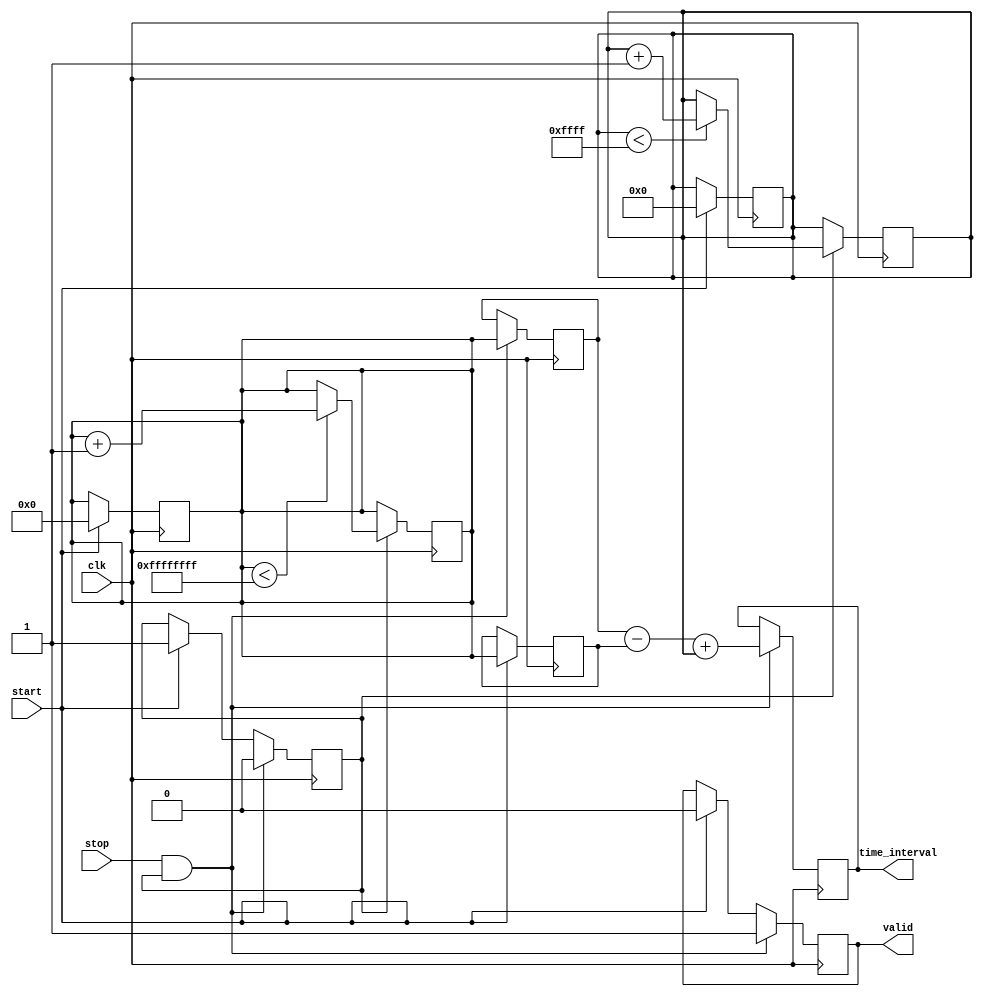
module TDC (
    input wire clk,          // High-frequency clock
    input wire start,        // Start signal
    input wire stop,         // Stop signal
    output reg [31:0] time_interval, // Output time interval
    output reg valid         // Output valid signal
);

    // Parameters
    parameter COARSE_MAX = 32'hFFFFFFFF; // Max value for coarse counter
    parameter FINE_MAX = 16'hFFFF;        // Max value for fine resolution counter

    // Internal signals
    reg [31:0] coarse_counter; // Coarse counter
    reg [15:0] fine_counter;    // Fine resolution counter
    reg measuring;              // Measuring state flag
    reg [31:0] start_time;      // Start time for measurement
    reg [31:0] stop_time;       // Stop time for measurement

    // Clock Generation (if needed, otherwise use external clock)
    // This section can be omitted if the clock is supplied externally

    // Coarse Counter
    always @(posedge clk) begin
        if (measuring) begin
            if (coarse_counter < COARSE_MAX) begin
                coarse_counter <= coarse_counter + 1;
            end
        end
    end

    // Fine Resolution Mechanism (simplified)
    always @(posedge clk) begin
        if (measuring) begin
            if (fine_counter < FINE_MAX) begin
                fine_counter <= fine_counter + 1;
            end
        end
    end

    // Control Logic
    always @(posedge clk) begin
        if (start) begin
            measuring <= 1'b1;
            coarse_counter <= 0;
            fine_counter <= 0;
            start_time <= coarse_counter; // Capture start time
            valid <= 1'b0;
        end
        if (stop && measuring) begin
            measuring <= 1'b0;
            stop_time <= coarse_counter; // Capture stop time
            // Calculate time interval
            time_interval <= stop_time - start_time + fine_counter; // Add fine resolution
            valid <= 1'b1; // Indicate valid output
        end
    end

endmodule